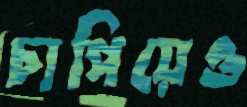
চাপিয়েও